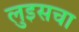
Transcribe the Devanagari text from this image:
लुइसचा